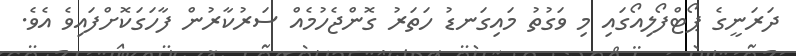
ދަރަނީގެ ޕޯޓްފޯލިއޯގައި މި ވަގުތު މައިގަނޑު ހަތަރު ގޮންޖެހުމެއް ސަރުކާރުން ފާހަގަކޮށްފައިވެ އެވެ.